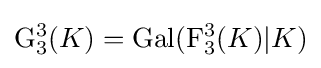
\mathrm {G} _{3}^{3}(K)=\mathrm {Gal} (\mathrm {F} _{3}^{3}(K)|K)